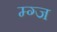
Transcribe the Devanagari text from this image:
म्ग्ज